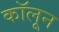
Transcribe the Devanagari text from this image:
कॉलून